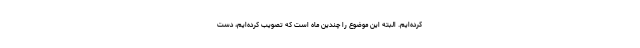
کرده‌ایم. البته این موضوع را چندین ماه است که تصویب کرده‌ایم، دست